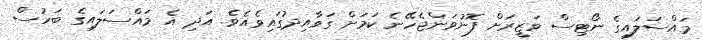
މައްސަލައިގެ ނޯޓިސް ވަޒީރަށް ފޮނުވަންޖެހޭނެ ކަމަށް ގަވާއިދުގައިވެއެވެ. އަދި އެ މައްސަލައިގެ ބަހުސް